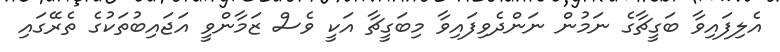
އެލިފައިވާ ބަގީޗާގެ ނަމުން ނަންދެވިފައިވާ މިބަގީޗާ އަކީ ވެސް ޒަމާންވީ އަޖައިބުތަކުގެ ތެރޭގައި